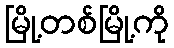
မြို့တစ်မြို့ကို